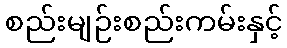
စည်းမျဉ်းစည်းကမ်းနှင့်